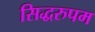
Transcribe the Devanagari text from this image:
सिद्धरुपम